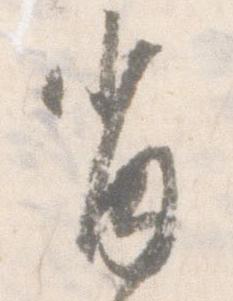
肖